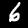
Digit: 6